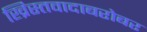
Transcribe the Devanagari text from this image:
ख्रिस्तवादाबरोबर